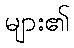
များ၏